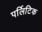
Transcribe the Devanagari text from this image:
पर्लिटिक